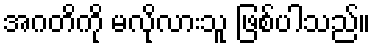
အဂတိကို မလိုလားသူ ဖြစ်ပါသည်။